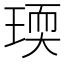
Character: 瑌